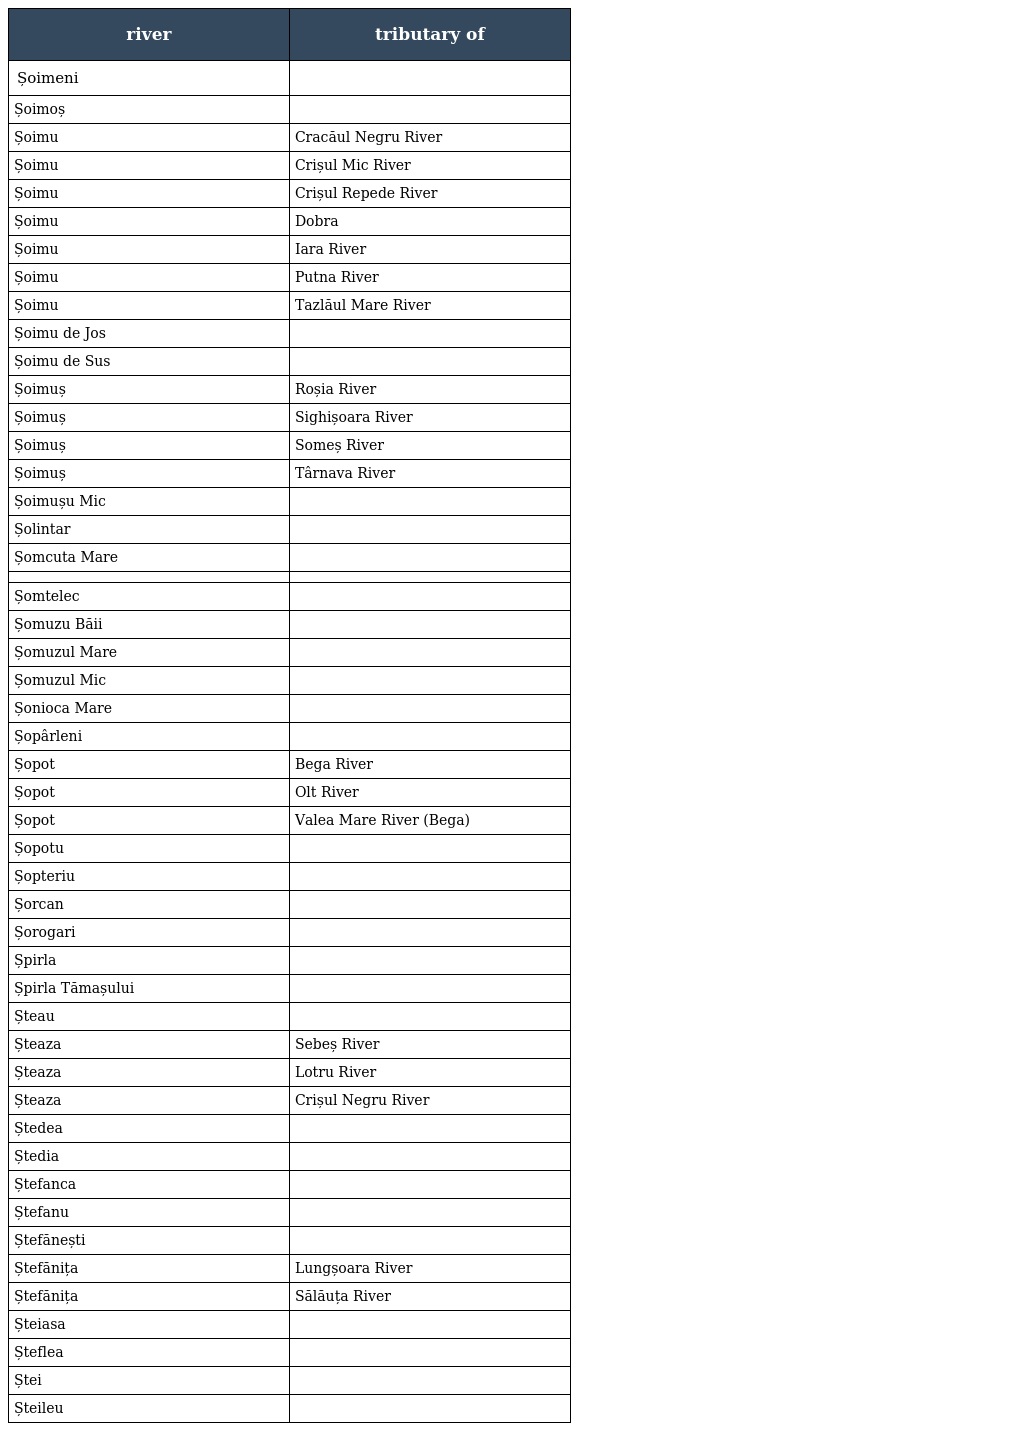
| river | tributary of |
 | --- | --- |
 | Șoimeni |  |
 | Șoimoș |  |
 | Șoimu | Cracăul Negru River |
 | Șoimu | Crișul Mic River |
 | Șoimu | Crișul Repede River |
 | Șoimu | Dobra |
 | Șoimu | Iara River |
 | Șoimu | Putna River |
 | Șoimu | Tazlăul Mare River |
 | Șoimu de Jos |  |
 | Șoimu de Sus |  |
 | Șoimuș | Roșia River |
 | Șoimuș | Sighișoara River |
 | Șoimuș | Someș River |
 | Șoimuș | Târnava River |
 | Șoimușu Mic |  |
 | Șolintar |  |
 | Șomcuta Mare |  |
 |  |  |
 | Șomtelec |  |
 | Șomuzu Băii |  |
 | Șomuzul Mare |  |
 | Șomuzul Mic |  |
 | Șonioca Mare |  |
 | Șopârleni |  |
 | Șopot | Bega River |
 | Șopot | Olt River |
 | Șopot | Valea Mare River (Bega) |
 | Șopotu |  |
 | Șopteriu |  |
 | Șorcan |  |
 | Șorogari |  |
 | Șpirla |  |
 | Șpirla Tămașului |  |
 | Șteau |  |
 | Șteaza | Sebeș River |
 | Șteaza | Lotru River |
 | Șteaza | Crișul Negru River |
 | Ștedea |  |
 | Ștedia |  |
 | Ștefanca |  |
 | Ștefanu |  |
 | Ștefănești |  |
 | Ștefănița | Lungșoara River |
 | Ștefănița | Sălăuța River |
 | Șteiasa |  |
 | Șteflea |  |
 | Ștei |  |
 | Șteileu |  |